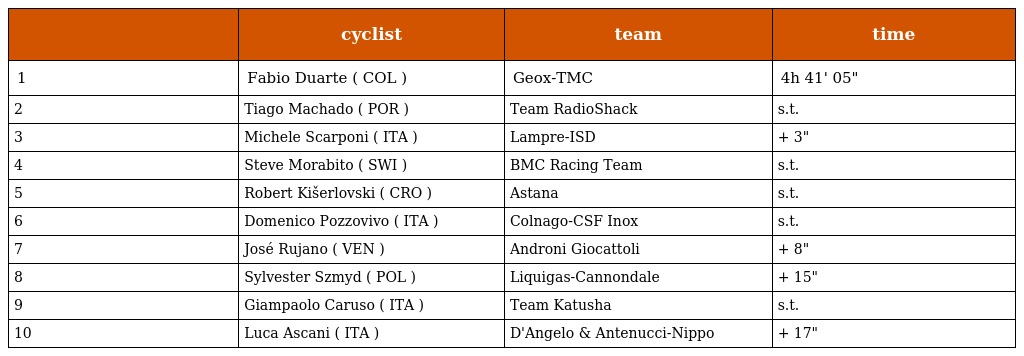
|  | cyclist | team | time |
 | --- | --- | --- | --- |
 | 1 | Fabio Duarte ( COL ) | Geox-TMC | 4h 41' 05" |
 | 2 | Tiago Machado ( POR ) | Team RadioShack | s.t. |
 | 3 | Michele Scarponi ( ITA ) | Lampre-ISD | + 3" |
 | 4 | Steve Morabito ( SWI ) | BMC Racing Team | s.t. |
 | 5 | Robert Kišerlovski ( CRO ) | Astana | s.t. |
 | 6 | Domenico Pozzovivo ( ITA ) | Colnago-CSF Inox | s.t. |
 | 7 | José Rujano ( VEN ) | Androni Giocattoli | + 8" |
 | 8 | Sylvester Szmyd ( POL ) | Liquigas-Cannondale | + 15" |
 | 9 | Giampaolo Caruso ( ITA ) | Team Katusha | s.t. |
 | 10 | Luca Ascani ( ITA ) | D'Angelo & Antenucci-Nippo | + 17" |